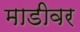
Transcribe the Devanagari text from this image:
माडीवर